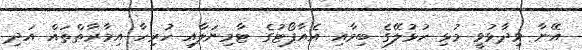
އޭނާ ވިދާޅުވީ މުޅި ހުޅުލޭގެ ބިމާއި އެއާޕޯޓުގެ ޓާމިނަލާއި ހުރިހާ އިމާރާތްތައް އަދި